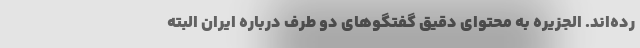
رده‌اند. الجزیره به محتوای دقیق گفتگوهای دو طرف درباره ایران البته